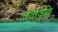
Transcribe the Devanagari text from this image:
तेजोवृद्धि